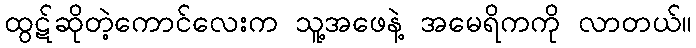
ထွဋ်ဆိုတဲ့ကောင်လေးက သူ့အဖေနဲ့ အမေရိကကို လာတယ်။